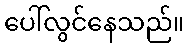
ပေါ်လွင်နေသည်။